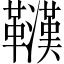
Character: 𲊠